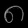
Digit: ၈